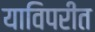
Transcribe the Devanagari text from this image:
याविपरीत